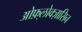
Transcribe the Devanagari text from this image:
ओफ़्लोक्ज़ासिन